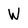
Character: W